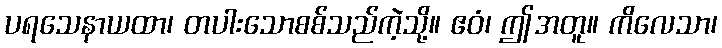
ပရသေနာယထာ၊ တပါးသောစစ်သည်ကဲ့သို့။ ဧဝံ၊ ဤအတူ။ ကိလေသာ၊